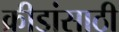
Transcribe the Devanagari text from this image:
क्रीडांसाठी